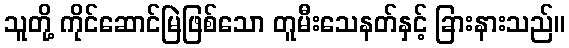
သူတို့ ကိုင်ဆောင်မြဲဖြစ်သော တူမီးသေနတ်နှင့် ခြားနားသည်။